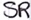
Text: SR